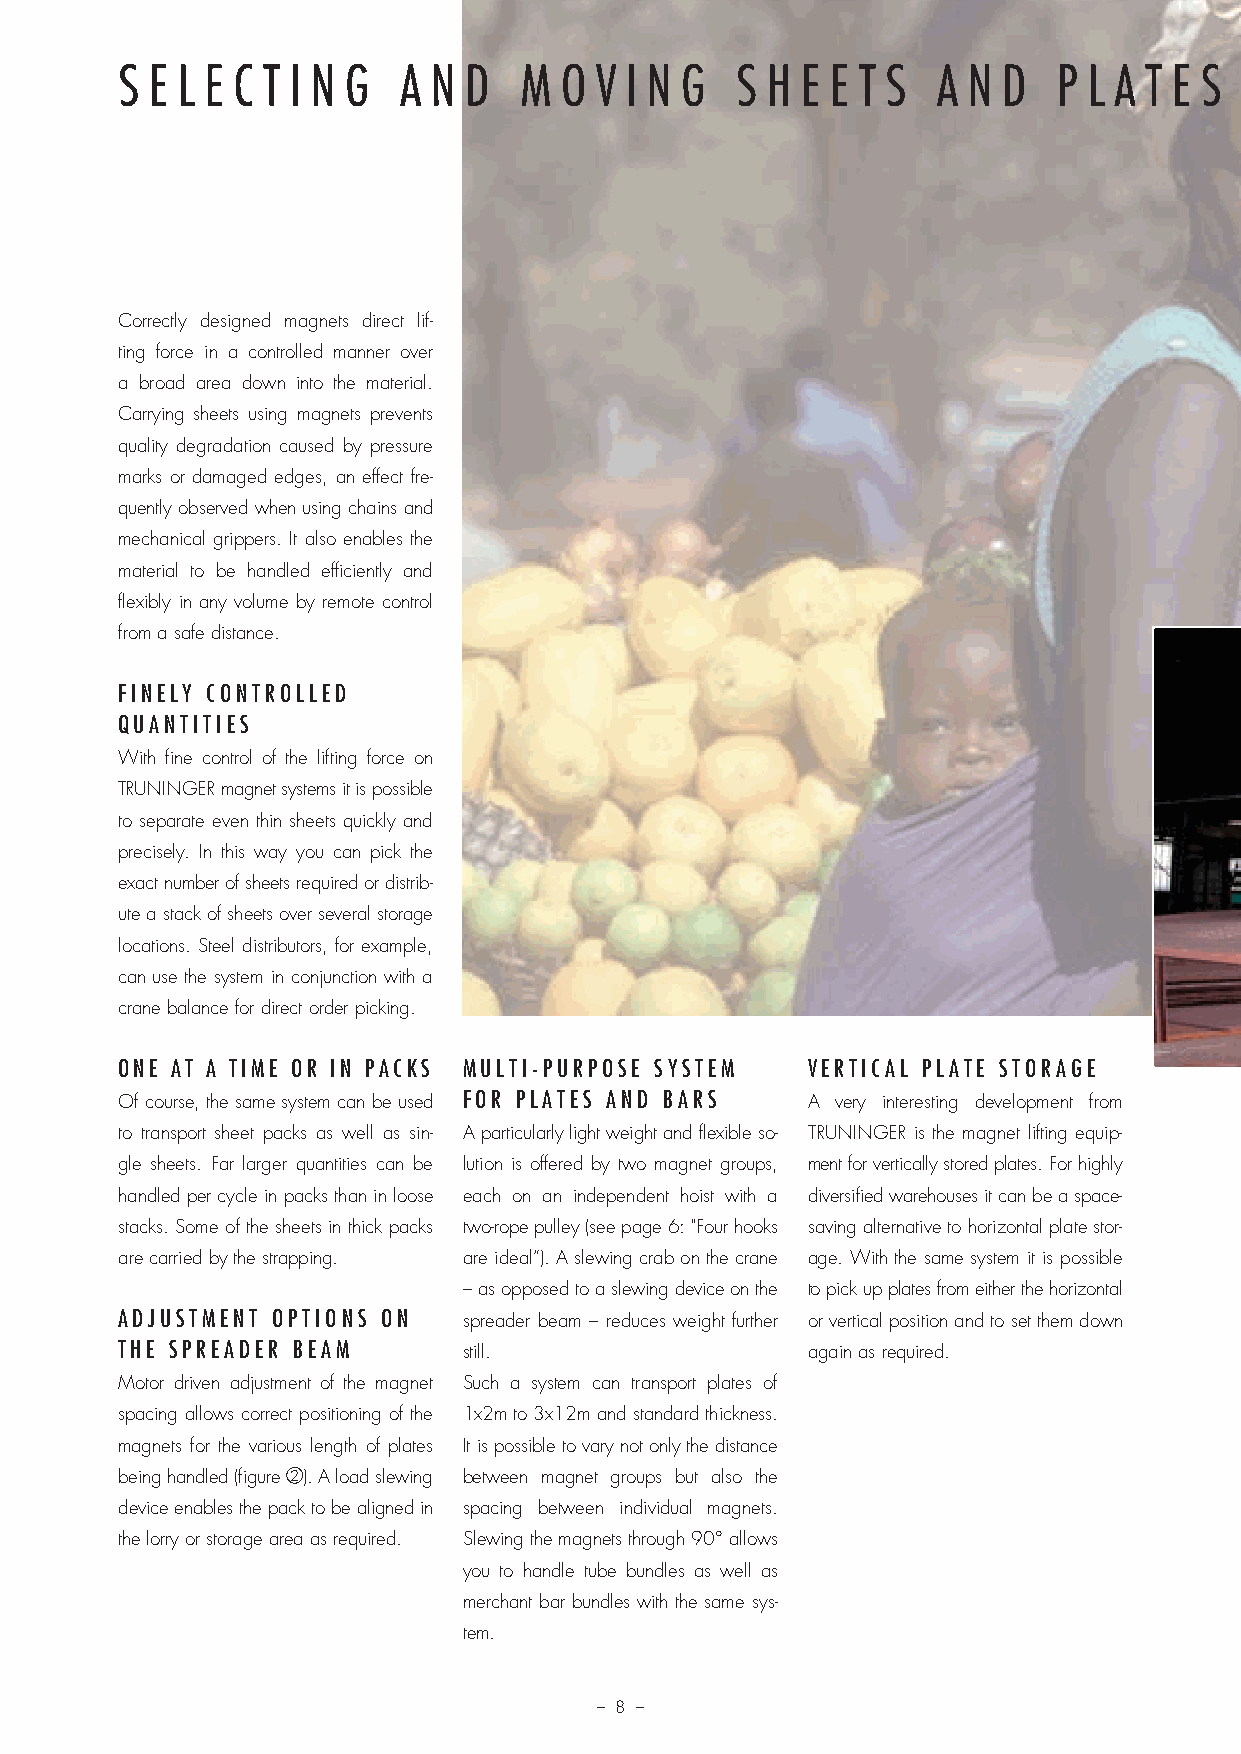
S E L E C T I N G A N  D  M  O V I N G   S H E E T S  A N D   P L A T E S  W  I T H O U T  D A M  A G E
 Correctly designed magnets direct lif-
 ting force in a controlled manner over
 a broad area down into the material.
 Carrying sheets using magnets prevents
 quality degradation caused by pressure
 marks or damaged edges, an effect fre-
 quently observed when using chains and
 mechanical grippers. It also enables the
 material to be handled efficiently and
 flexibly in any volume by remote control
 from a safe distance.
 FINELY CONTROLLED
 QUANTITIES
 With fine control of the lifting force on
 TRUNINGER magnet systems it is possible
 to separate even thin sheets quickly and
 precisely. In this way you can pick the
 exact number of sheets required or distrib-
 ute a stack of sheets over several storage
 locations. Steel distributors, for example,
 can use the system in conjunction with a
 crane balance for direct order picking.
 ONE AT A TIME OR IN PACKS MULTI-PURPOSE SYSTEM VERTICAL PLATE STORAGE
 Of course, the same system can be used FOR PLATES AND BARS A very interesting development from
 to transport sheet packs as well as sin- A particularly light weight and flexible so- TRUNINGER is the magnet lifting equip-
 gle sheets. Far larger quantities can be lution is offered by two magnet groups, ment for vertically stored plates. For highly
 handled per cycle in packs than in loose each on an independent hoist with a diversified warehouses it can be a space-
 stacks. Some of the sheets in thick packs two-rope pulley (see page 6: "Four hooks saving alternative to horizontal plate stor-
 are carried by the strapping. are ideal”). A slewing crab on the crane age. With the same system it is possible
 – as opposed to a slewing device on the to pick up plates from either the horizontal
 ADJUSTMENT OPTIONS ON  spreader beam – reduces weight further or vertical position and to set them down
 THE SPREADER BEAM      still.                again as required.
 Motor driven adjustment of the magnet Such a system can transport plates of
 spacing allows correct positioning of the 1x2m to 3x12m and standard thickness.
 magnets for the various length of plates It is possible to vary not only the distance
 being handled (figure 2). A load slewing between magnet groups but also the
 device enables the pack to be aligned in spacing between individual magnets.
 the lorry or storage area as required. Slewing the magnets through 90° allows
 you to handle tube bundles as well as
 merchant bar bundles with the same sys-
 tem.
 – 8 –
 Prosp Magnethebetech_v11.indd 8                                        08.12.11 13:56